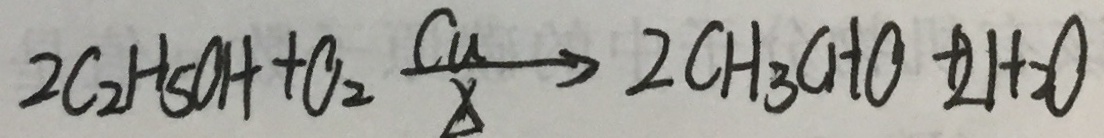
2 C _ { 2 } + S _ { \Delta } a + a _ { 2 } \frac { c _ { 1 } } { x } > 2 C H _ { 1 } + a _ { 2 } + a _ { 1 } + a _ { 1 } + a _ { 1 }